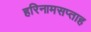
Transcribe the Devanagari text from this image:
हरिनामसप्ताह